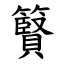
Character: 䉯